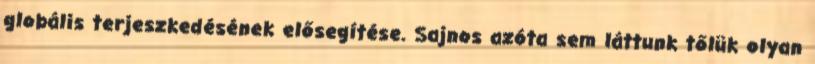
globális terjeszkedésének elősegítése. Sajnos azóta sem láttunk tőlük olyan